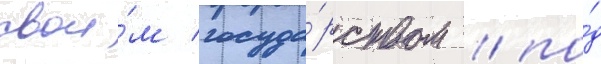
свои́м госуда́рством / по́д